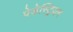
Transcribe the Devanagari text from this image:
पेडेस्ट्रियन